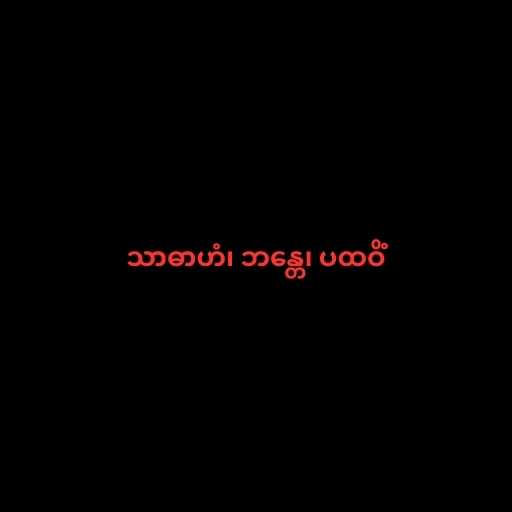
သာဓာဟံ၊ ဘန္တေ၊ ပထဝိံ